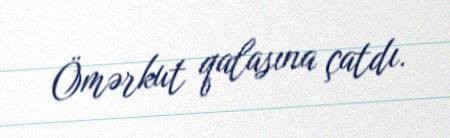
Ömərkut qalasına çatdı.